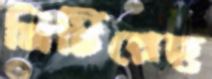
মিটিয়েছ